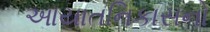
આયાતનિકાસનો